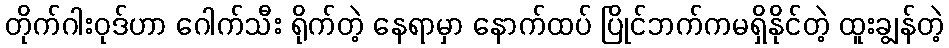
တိုက်ဂါးဝုဒ်ဟာ ဂေါက်သီး ရိုက်တဲ့ နေရာမှာ နောက်ထပ် ပြိုင်ဘက်ကမရှိနိုင်တဲ့ ထူးချွန်တဲ့